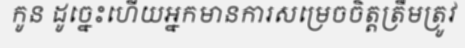
កូន ដូច្នេះហើយអ្នកមានការសម្រេចចិត្តត្រឹមត្រូវ